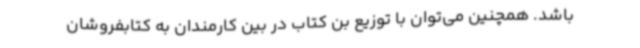
باشد. همچنین می‌توان با توزیع بن کتاب در بین کارمندان به کتابفروشان